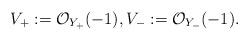
LaTeX: \begin{align*}V_{+}:=\mathcal O_{Y_+}(-1), V_{-}:=\mathcal O_{Y_-}(-1).\end{align*}